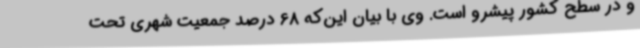
و در سطح کشور پیشرو است. وی با بیان این‌که 68 درصد جمعیت شهری تحت